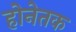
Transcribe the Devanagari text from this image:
होनेतक